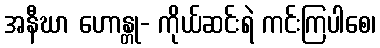
အနီဃာ ဟောန္တု- ကိုယ်ဆင်းရဲ ကင်းကြပါစေ၊